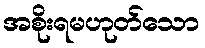
အစိုးရမဟုတ်သော